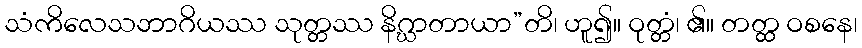
သံကိလေသဘာဂိယဿ သုတ္တဿ နိဂ္ဃာတာယာ”တိ၊ ဟူ၍။ ဝုတ္တံ၊ ၏။ တတ္ထ ဝစနေ၊